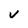
Character: v